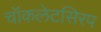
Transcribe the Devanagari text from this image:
चॉकलेटसिरप